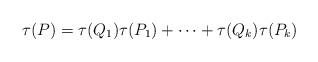
LaTeX: \begin{align*} \tau(P) = \tau(Q_1)\tau(P_1) + \cdots + \tau(Q_k)\tau(P_k)\end{align*}